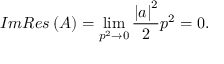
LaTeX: I m { \cal R } e s \left( { \cal A } \right) = \operatorname * { l i m } _ { p ^ { 2 } \rightarrow 0 } \frac { \left| a \right| ^ { 2 } } { 2 } p ^ { 2 } = 0 .